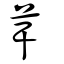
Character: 芉